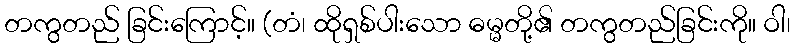
တကွတည် ခြင်းကြောင့်။ (တံ၊ ထိုရှစ်ပါးသော ဓမ္မတို့၏ တကွတည်ခြင်းကို။ ဝါ၊